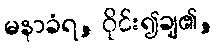
မနာခံရ, ဝိုင်း၍ချ၏,